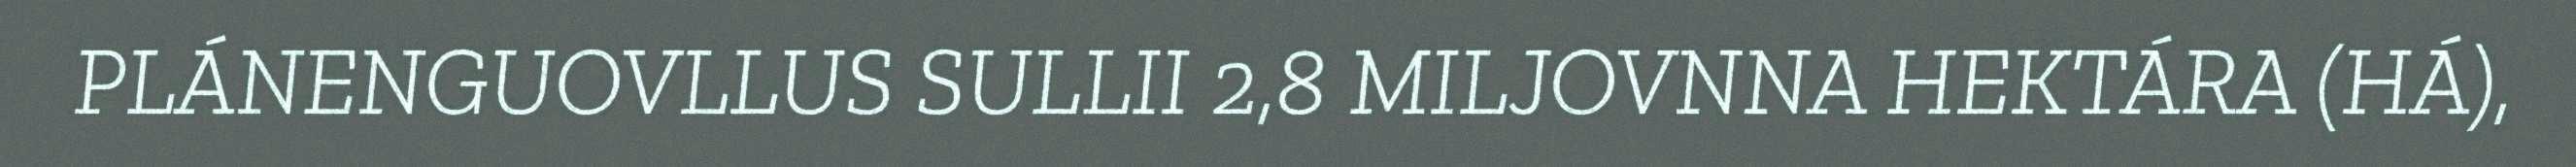
PLÁNENGUOVLLUS SULLII 2,8 MILJOVNNA HEKTÁRA (HÁ),